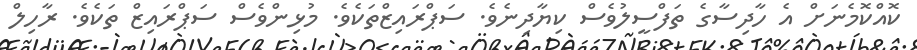
ކޮއްކޮމެނަށް އެ ހާދިސާގެ ތަފްސީލުވެސް ކިޔާދިނެވެ. ސަޕްރައިޒްތަކެވެ. މުޅިންވެސް ސަޕްރައިޒް ތަކެވެ. ރާހިލް